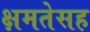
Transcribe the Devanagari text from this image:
क्षमतेसह